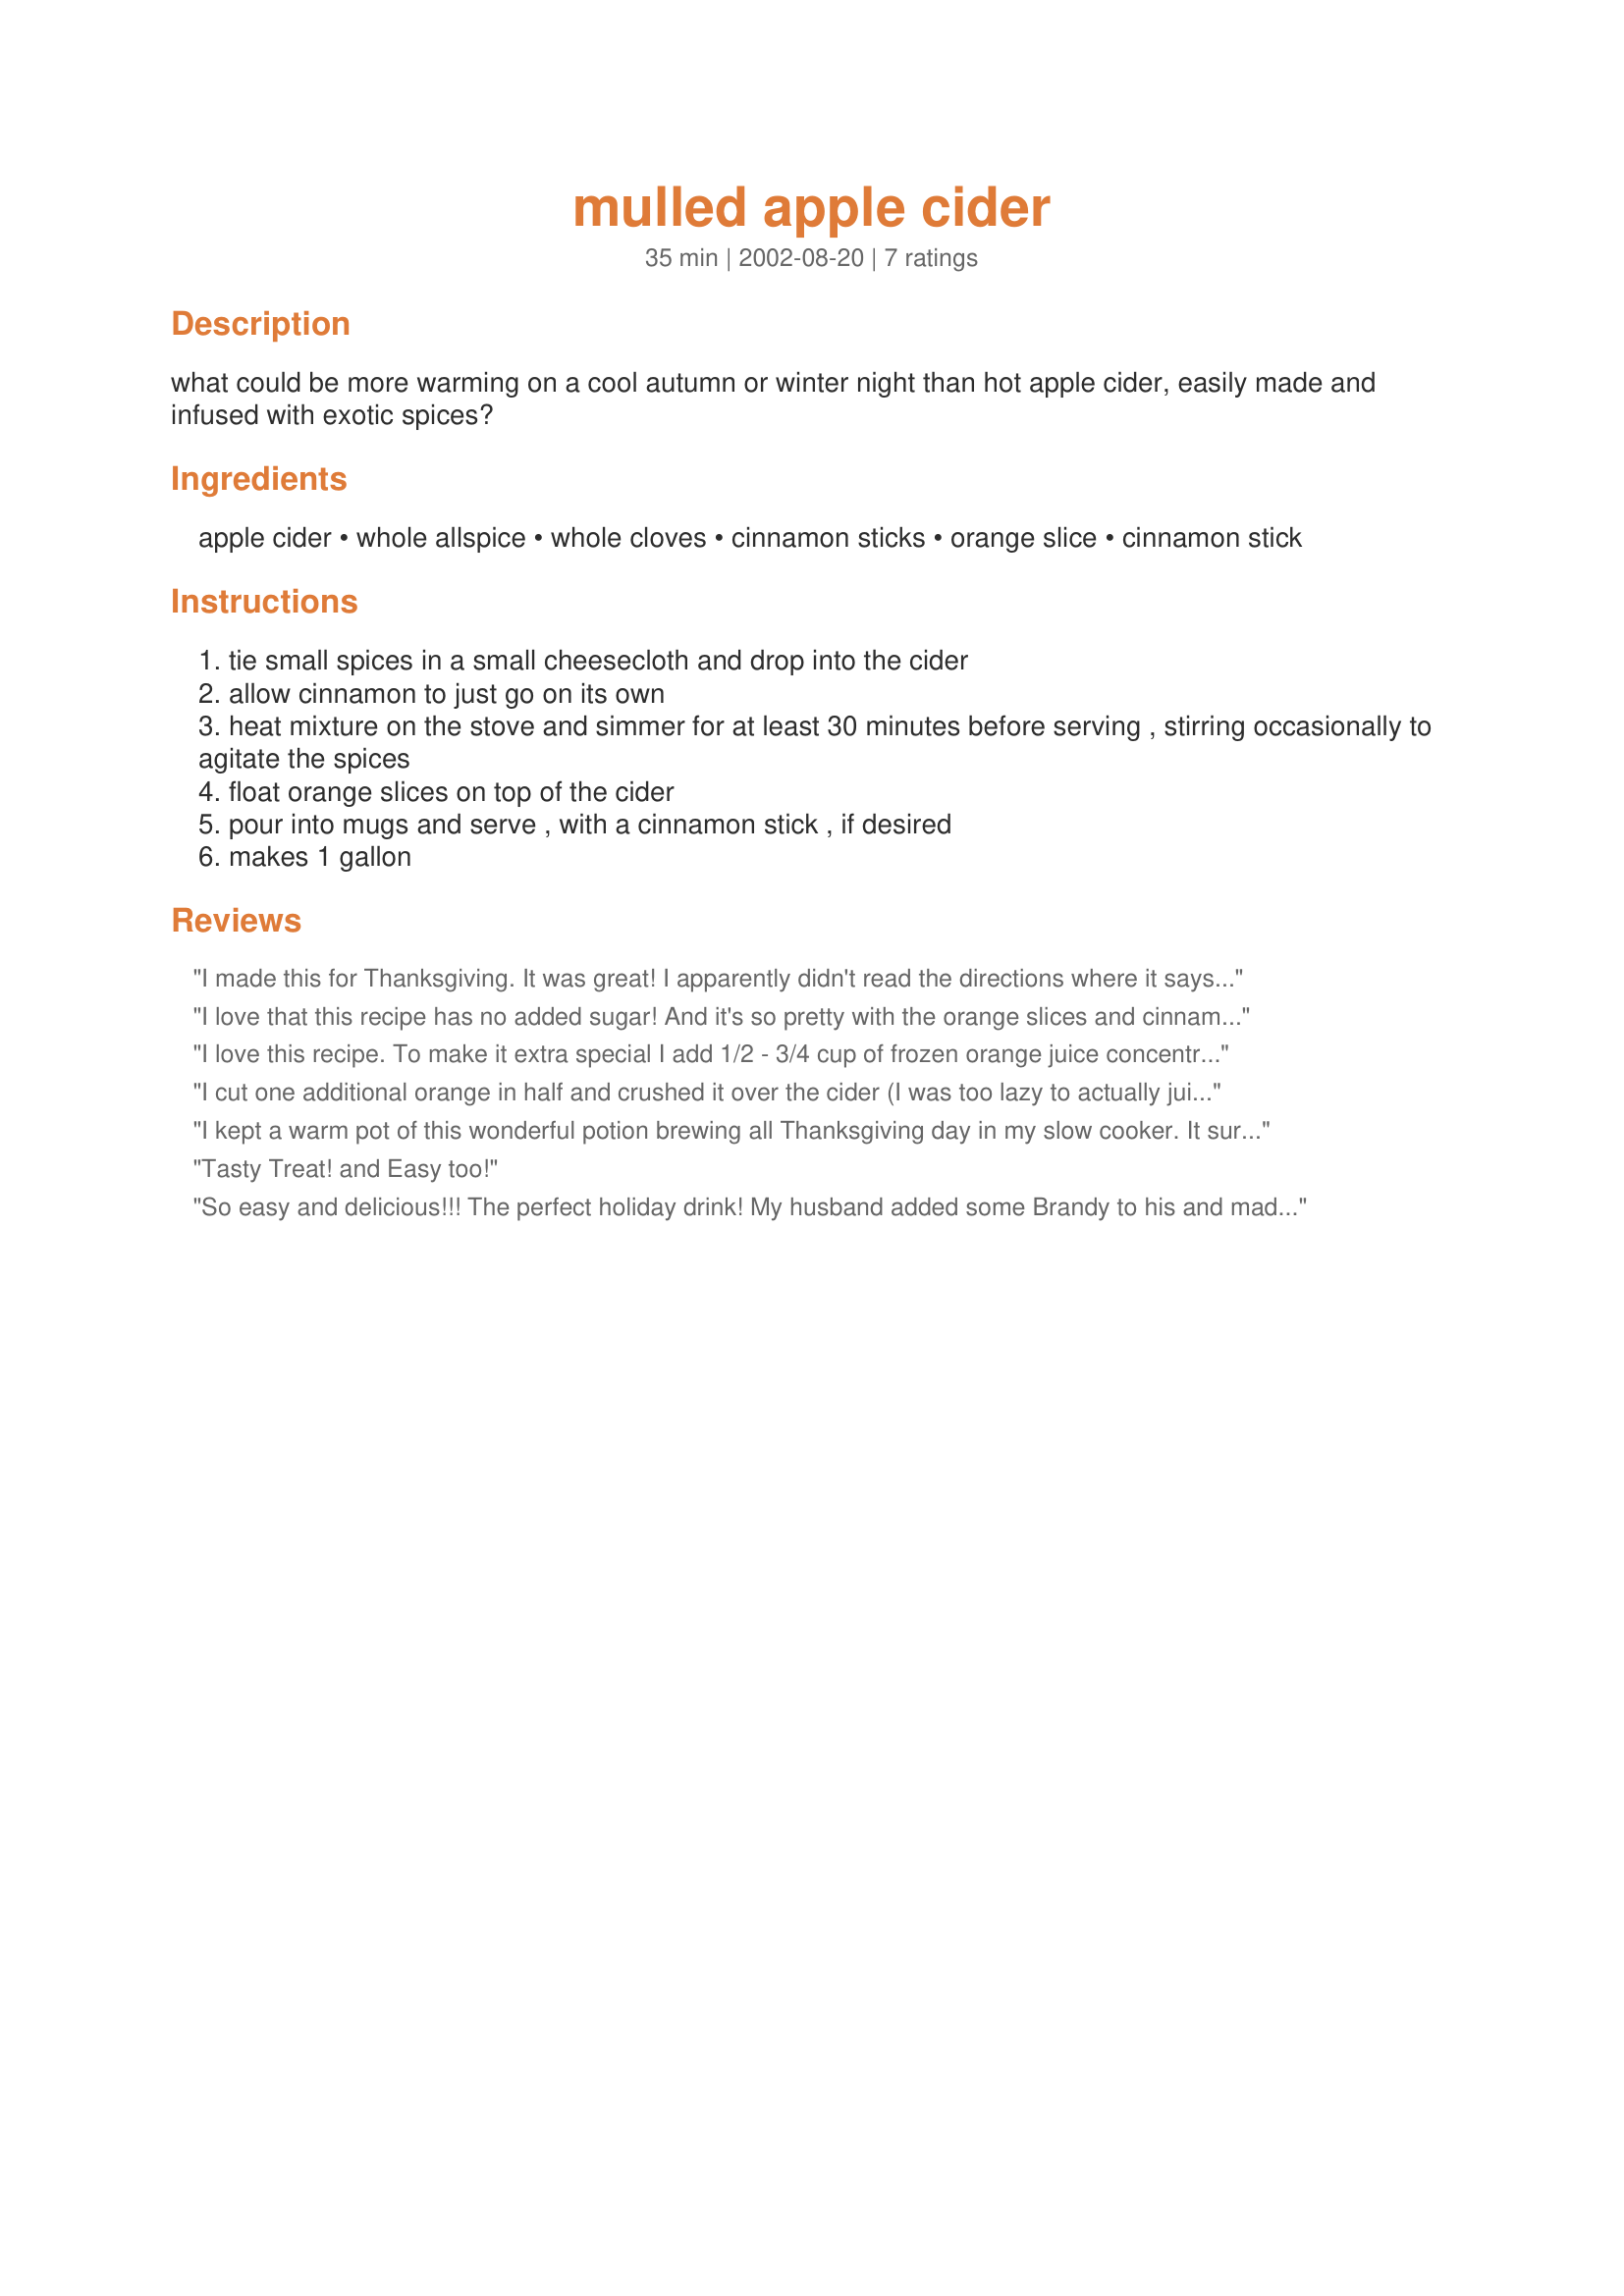
mulled apple cider
Preparation time: 35 minutes

what could be more warming on a cool autumn or winter night than hot apple cider, easily made and infused with exotic spices?

Ingredients:
apple cider, whole allspice, whole cloves, cinnamon sticks, orange slice, cinnamon stick

Steps:
tie small spices in a small cheesecloth and drop into the cider
allow cinnamon to just go on its own
heat mixture on the stove and simmer for at least 30 minutes before serving , stirring occasionally to agitate the spices
float orange slices on top of the cider
pour into mugs and serve , with a cinnamon stick , if desired
makes 1 gallon

Reviews:
I made this for Thanksgiving. It was great! I apparently didn't read the directions where it says to put the spices in a cheesecloth. DOH! I just dumped everything in the crockpot. I didn't have whole alspice, so I used ground, which wasn't a problem, but the whole cloves got too strong by the end of the day. Next time I'll use the cheesecloth. This was a huge hit. Even the baby loved it. She had hers without the brandy the grown-ups put in theirs. ;)
I love that this recipe has no added sugar! And it's so pretty with the orange slices and cinnamon sticks floating in it. However the spices were too strong for our taste. After making I added another gallon of cider and that helped, so next time I will only use half the allspice and cloves.
I love this recipe. To make it extra special I add 1/2 - 3/4 cup of frozen orange juice concentrate while the mixture is simmering. I have made this for many gatherings, no matter how much I make it is never enough. Everyone loves it and wants the recipe. The house smells wonderful while it is simmering too.
I cut one additional orange in half and crushed it over the cider (I was too lazy to actually juice it) and my guests for Thanksgiving inhaled it, all the while trying to figure out what it was (they never had cider before). Boy were they amazed, and boy was *I* amazed at how quick they drank it down!! Definitely a good party pleaser
I kept a warm pot of this wonderful potion brewing all Thanksgiving day in my slow cooker. It sure hit the spot when we returned from our chilly post-dinner walk.
Tasty Treat! and Easy too!
So easy and delicious!!! The perfect holiday drink! My husband added some Brandy to his and made it alcoholic...and loved it also! A tea diffuser is an absolute must for the spices, as a little side note :-)
